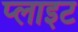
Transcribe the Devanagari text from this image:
प्लाइट